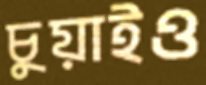
চুয়াইও